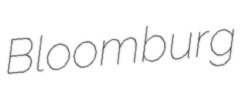
Bloomburg